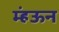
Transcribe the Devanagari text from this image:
म्हंऊन